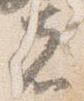
者